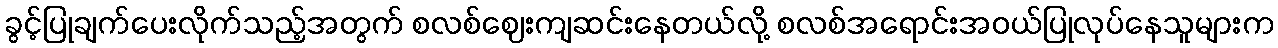
ခွင့်ပြုချက်ပေးလိုက်သည့်အတွက် စလစ်ဈေးကျဆင်းနေတယ်လို့ စလစ်အရောင်းအဝယ်ပြုလုပ်နေသူများက